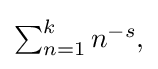
{\textstyle \sum _{n=1}^{k}n^{-s},}